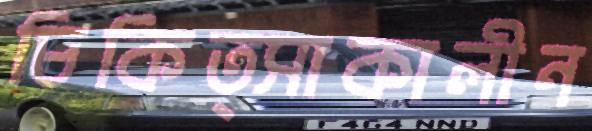
চিকিত্সাকালীন